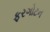
ફરગોટન